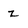
Character: z